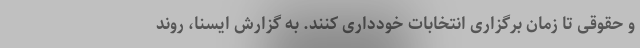
و حقوقی تا زمان برگزاری انتخابات خودداری کنند. به گزارش ایسنا، روند